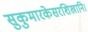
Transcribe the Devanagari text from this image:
सुकुमारकेसरशिखानि।